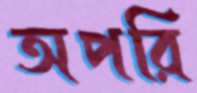
অপরি